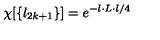
\chi [ \{ l _ { 2 k + 1 } \} ] = e ^ { - l \cdot L \cdot l / 4 }